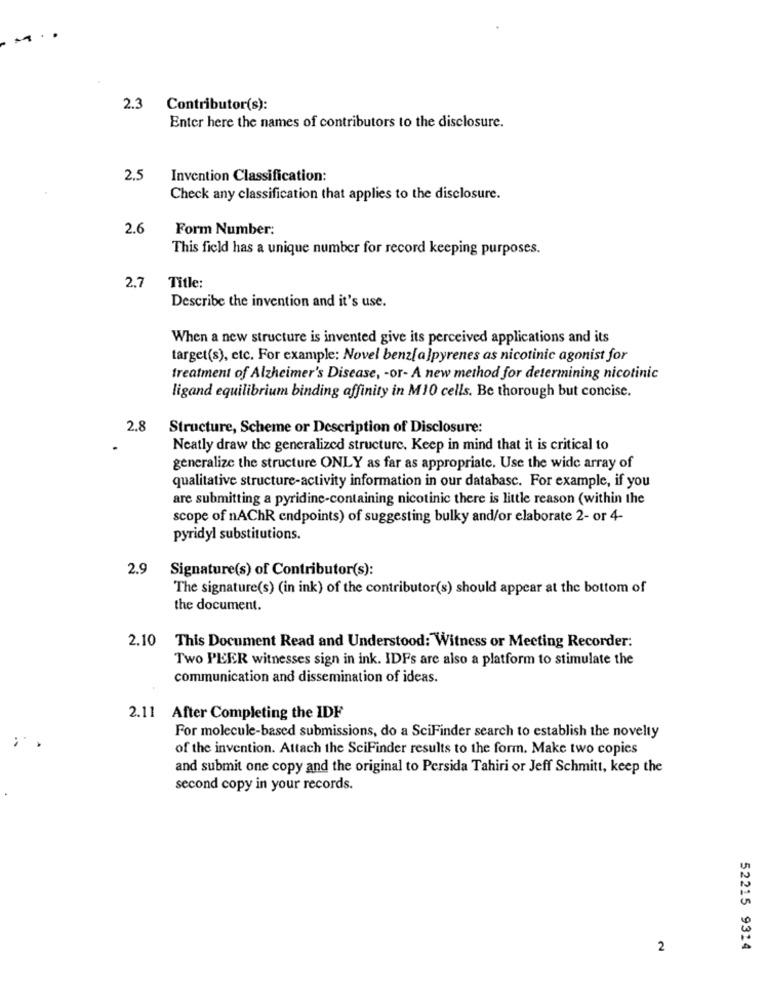
2.3 Contributor(s):
Enter here the names of contributors to the disclosure.
2.5
Invention Classification:
Check any classification that applies to the disclosure.
2.6
Form Number:
This field has a unique number for record keeping purposes.
2.7
Title:
Describe the invention and it's use.
When a new structure is invented give its perceived applications and its
target(s), etc. For example: Novel benz[a]pyrenes as nicotinic agonist for
treatment of Alzheimer's Disease, - or- A new method for determining nicotinic
ligand equilibrium binding affinity in M10 cells. Be thorough but concise.
2.8
Structure, Scheme or Description of Disclosure:
Neatly draw the generalized structure. Keep in mind that it is critical to
generalize the structure ONLY as far as appropriate. Use the wide array of
qualitative structure-activity information in our database. For example, if you
are submitting a pyridine-containing nicotinic there is little reason (within the
scope of nAChR endpoints) of suggesting bulky and/or elaborate 2- or 4-
pyridyl substitutions.
2.9
Signature(s) of Contributor(s):
The signature(s) (in ink) of the contributor(s) should appear at the bottom of
the document.
2.10
This Document Read and Understood: Witness or Meeting Recorder:
Two PEER witnesses sign in ink. IDFs are also a platform to stimulate the
communication and dissemination of ideas.
2.11 After Completing the IDF
For molecule-based submissions, do a SciFinder search to establish the novelty
of the invention. Attach the SciFinder results to the form. Make two copies
and submit one copy and the original to Persida Tahiri or Jeff Schmitt, keep the
second copy in your records.
2
52215 9324